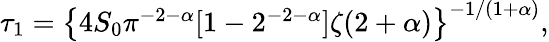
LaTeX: \begin{array}{r}{\tau_{1}=\left\{ 4S_{0}\pi^{-2-\alpha}[1-2^{-2-\alpha}]\zeta(2+\alpha)\right\} ^{-1/(1+\alpha)},}\end{array}